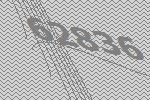
62836